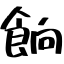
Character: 餉